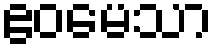
ဧဝမေသာ